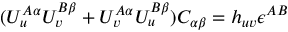
( { \cal U } _ { u } ^ { A \alpha } { \cal U } _ { v } ^ { B \beta } + { \cal U } _ { v } ^ { A \alpha } { \cal U } _ { u } ^ { B \beta } ) C _ { \alpha \beta } = h _ { u v } \epsilon ^ { A B }